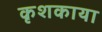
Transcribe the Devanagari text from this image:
कृशकाया